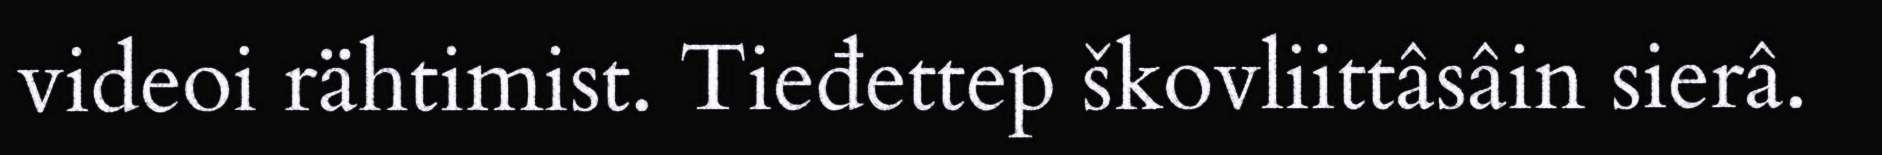
videoi rähtimist. Tieđettep škovliittâsâin sierâ.